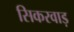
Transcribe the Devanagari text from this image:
सिकरवाड़